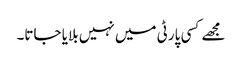
مجھے کسی پارٹی میں نہیں بلایا جاتا۔